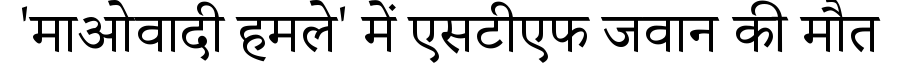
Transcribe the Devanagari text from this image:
'माओवादी हमले' में एसटीएफ जवान की मौत